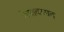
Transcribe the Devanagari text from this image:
नेत्रावसाद